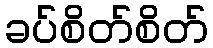
ခပ်စိတ်စိတ်